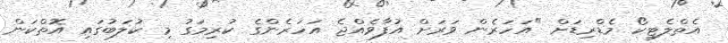
އެތްލެޓިކޯ މެޑްރިޑަށް "އަހަރެން ވަރަށް އުފާވެއްޖެ އަހަރެންގެ ކުރިމަގު މި ކުލަބުގައި އޮތްކަން